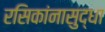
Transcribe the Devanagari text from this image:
रसिकांनासुद्धा